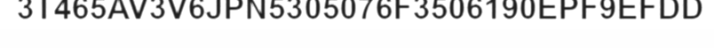
3T465AV3V6JPN5305076F3506190EPF9EFDD